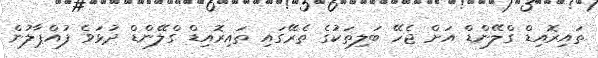
ތައިރޮއިޑް ގްލޭންޑް އަށް ޖެހޭ ބަލިތަކުގެ ތެރޭގައި ތައިރޮއިޑް ގްލޭންޑް ދުޅަވެ ފުއްޕާލުން